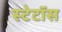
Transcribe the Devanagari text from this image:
स्टेटॉस